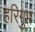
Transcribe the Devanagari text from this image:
हरिगुप्त